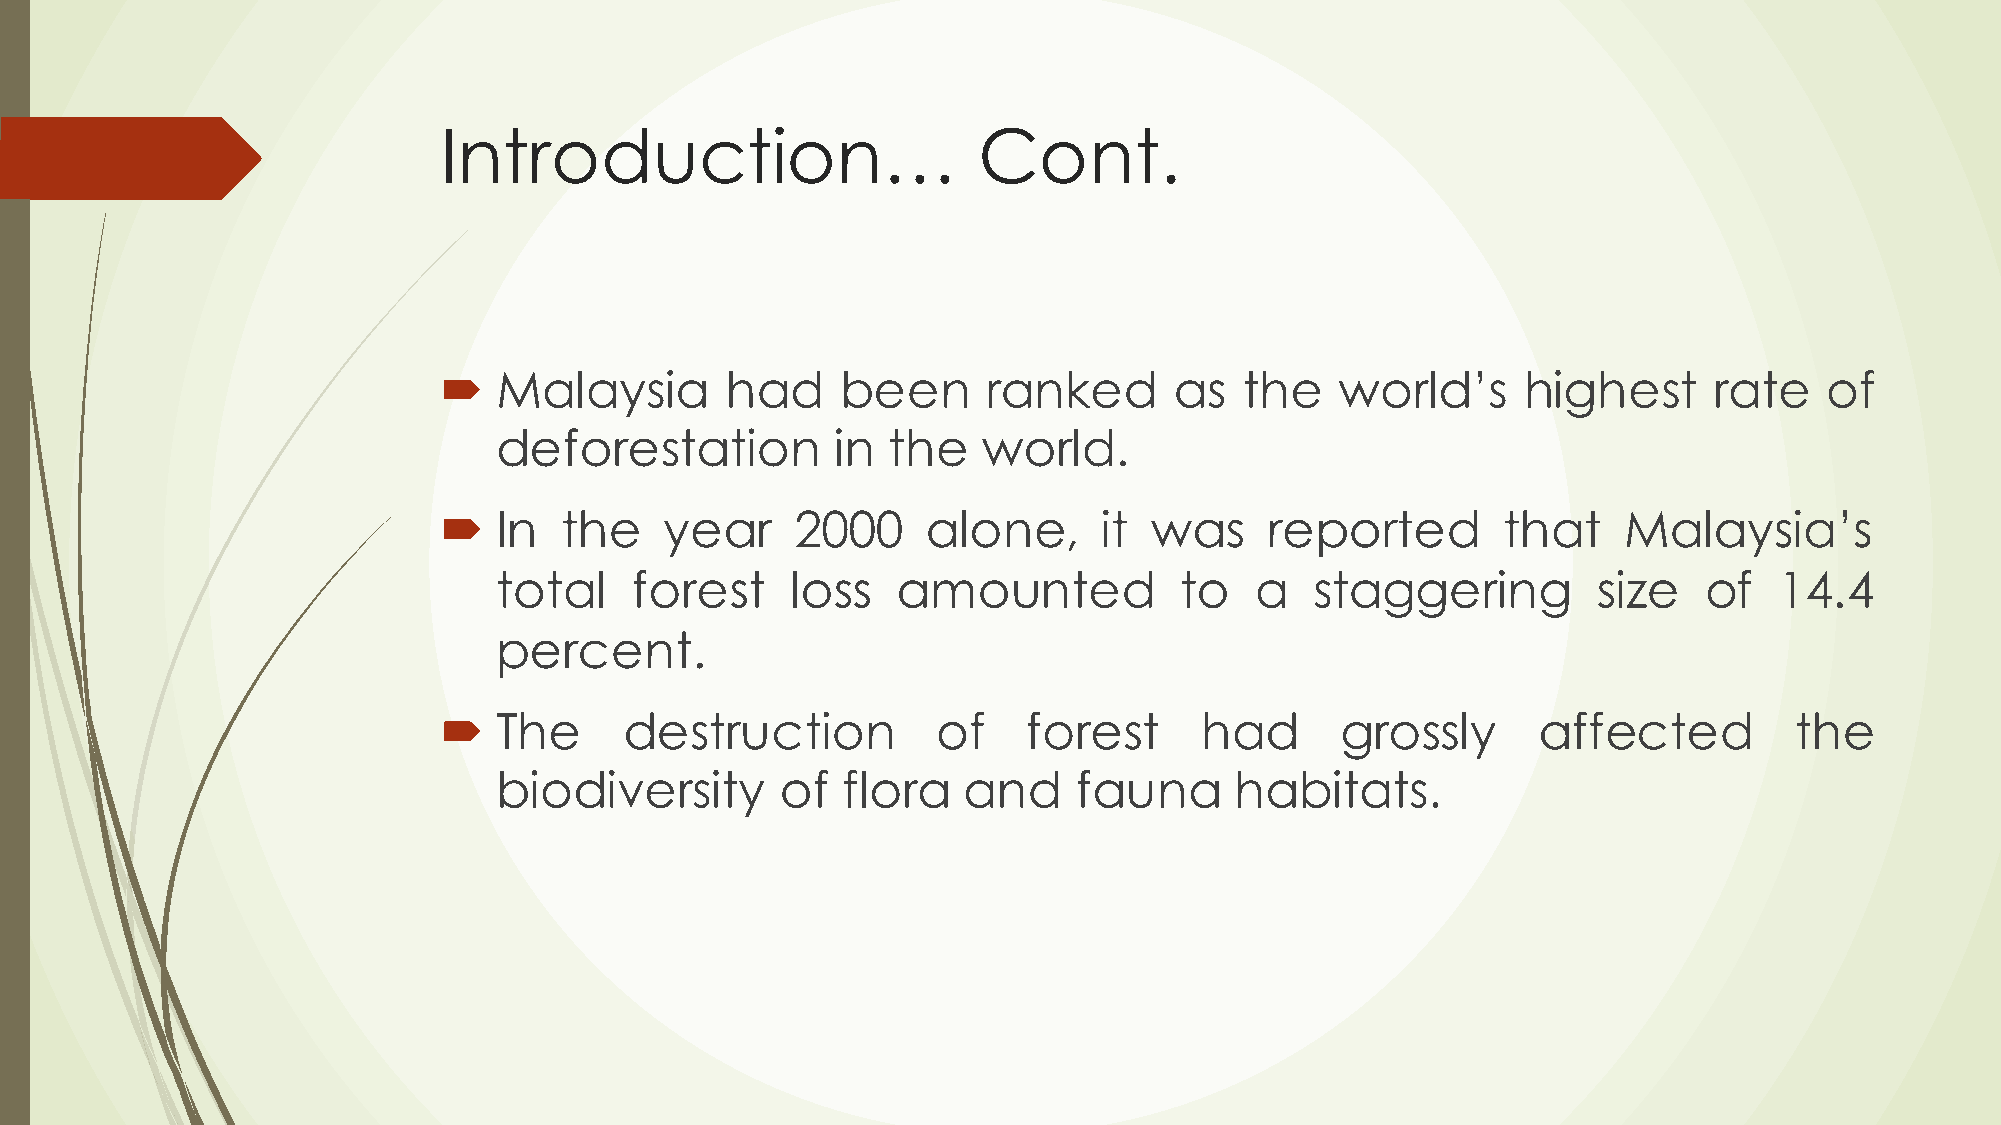
Introduction…                       Cont.
 ´  Malaysia       had     been     ranked       as  the    world’s     highest     rate    of
 deforestation         in  the   world.
 ´  In  the    year     2000    alone,      it was     reported       that    Malaysia’s
 total    forest    loss   amounted           to   a   staggering         size   of   14.4
 percent.
 ´  The     destruction          of    forest     had       grossly      affected         the
 biodiversity       of  flora   and    fauna      habitats.